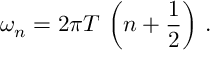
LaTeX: \omega _ { n } = 2 \pi T \, \left( n + { \frac { 1 } { 2 } } \right) \, .